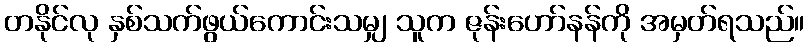
တနိုင်လု နှစ်သက်ဖွယ်ကောင်းသမျှ သူက ဇုန်းဟော်နန်ကို အမှတ်ရသည်။